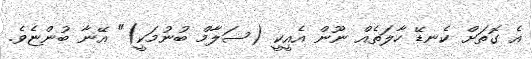
އެ ގޮތަށް ކެނޑޭ ހާލަތެއް ނޫން އެއީކީ (ސަލާމް ބުނުމަކީ)" އޭނާ ބުންޏެވެ.